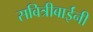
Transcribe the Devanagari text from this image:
सवित्रीबाईंनी